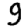
Digit: 9